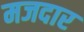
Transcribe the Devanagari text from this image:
मजदार